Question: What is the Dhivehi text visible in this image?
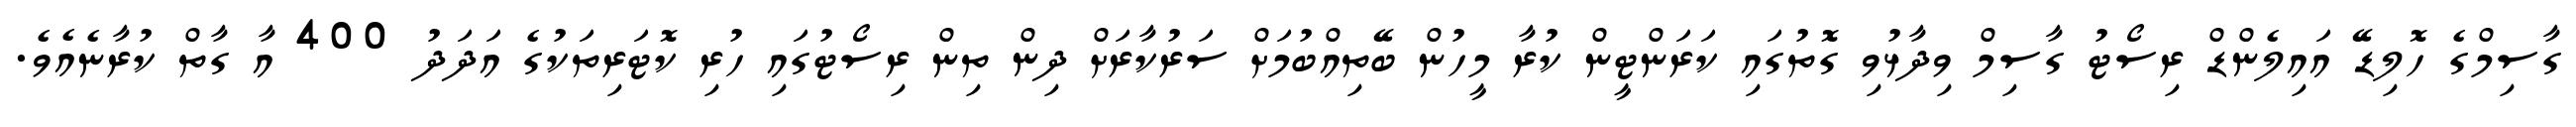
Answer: ގާސިމްގެ ހޮލިޑޭ އައިލެންޑް ރިސޯޓު ގާސިމް ވިދާޅުވި ގޮތުގައި ކަރަންޓީން ކުރާ މީހުން ބޭތިއްބުމަށް ސަރުކާރަށް ދިން ތިން ރިސޯޓުގައި ހުރި ކޮޓަރިތަކުގެ އަދަދު 400 އާ ގާތް ކުރާނެއެވެ.